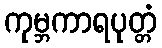
ကုမ္ဘကာရပုတ္တံ